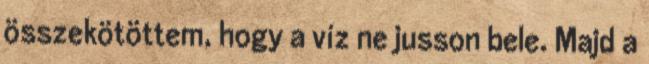
összekötöttem, hogy a víz ne jusson bele. Majd a